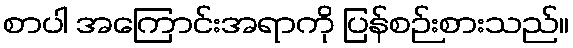
စာပါ အကြောင်းအရာကို ပြန်စဉ်းစားသည်။